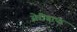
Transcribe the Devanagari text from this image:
सेरीग्राफ